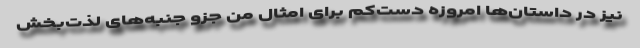
نیز در داستان‌ها امروزه دست‌کم برای امثال من جزو جنبه‌های لذت‌بخش